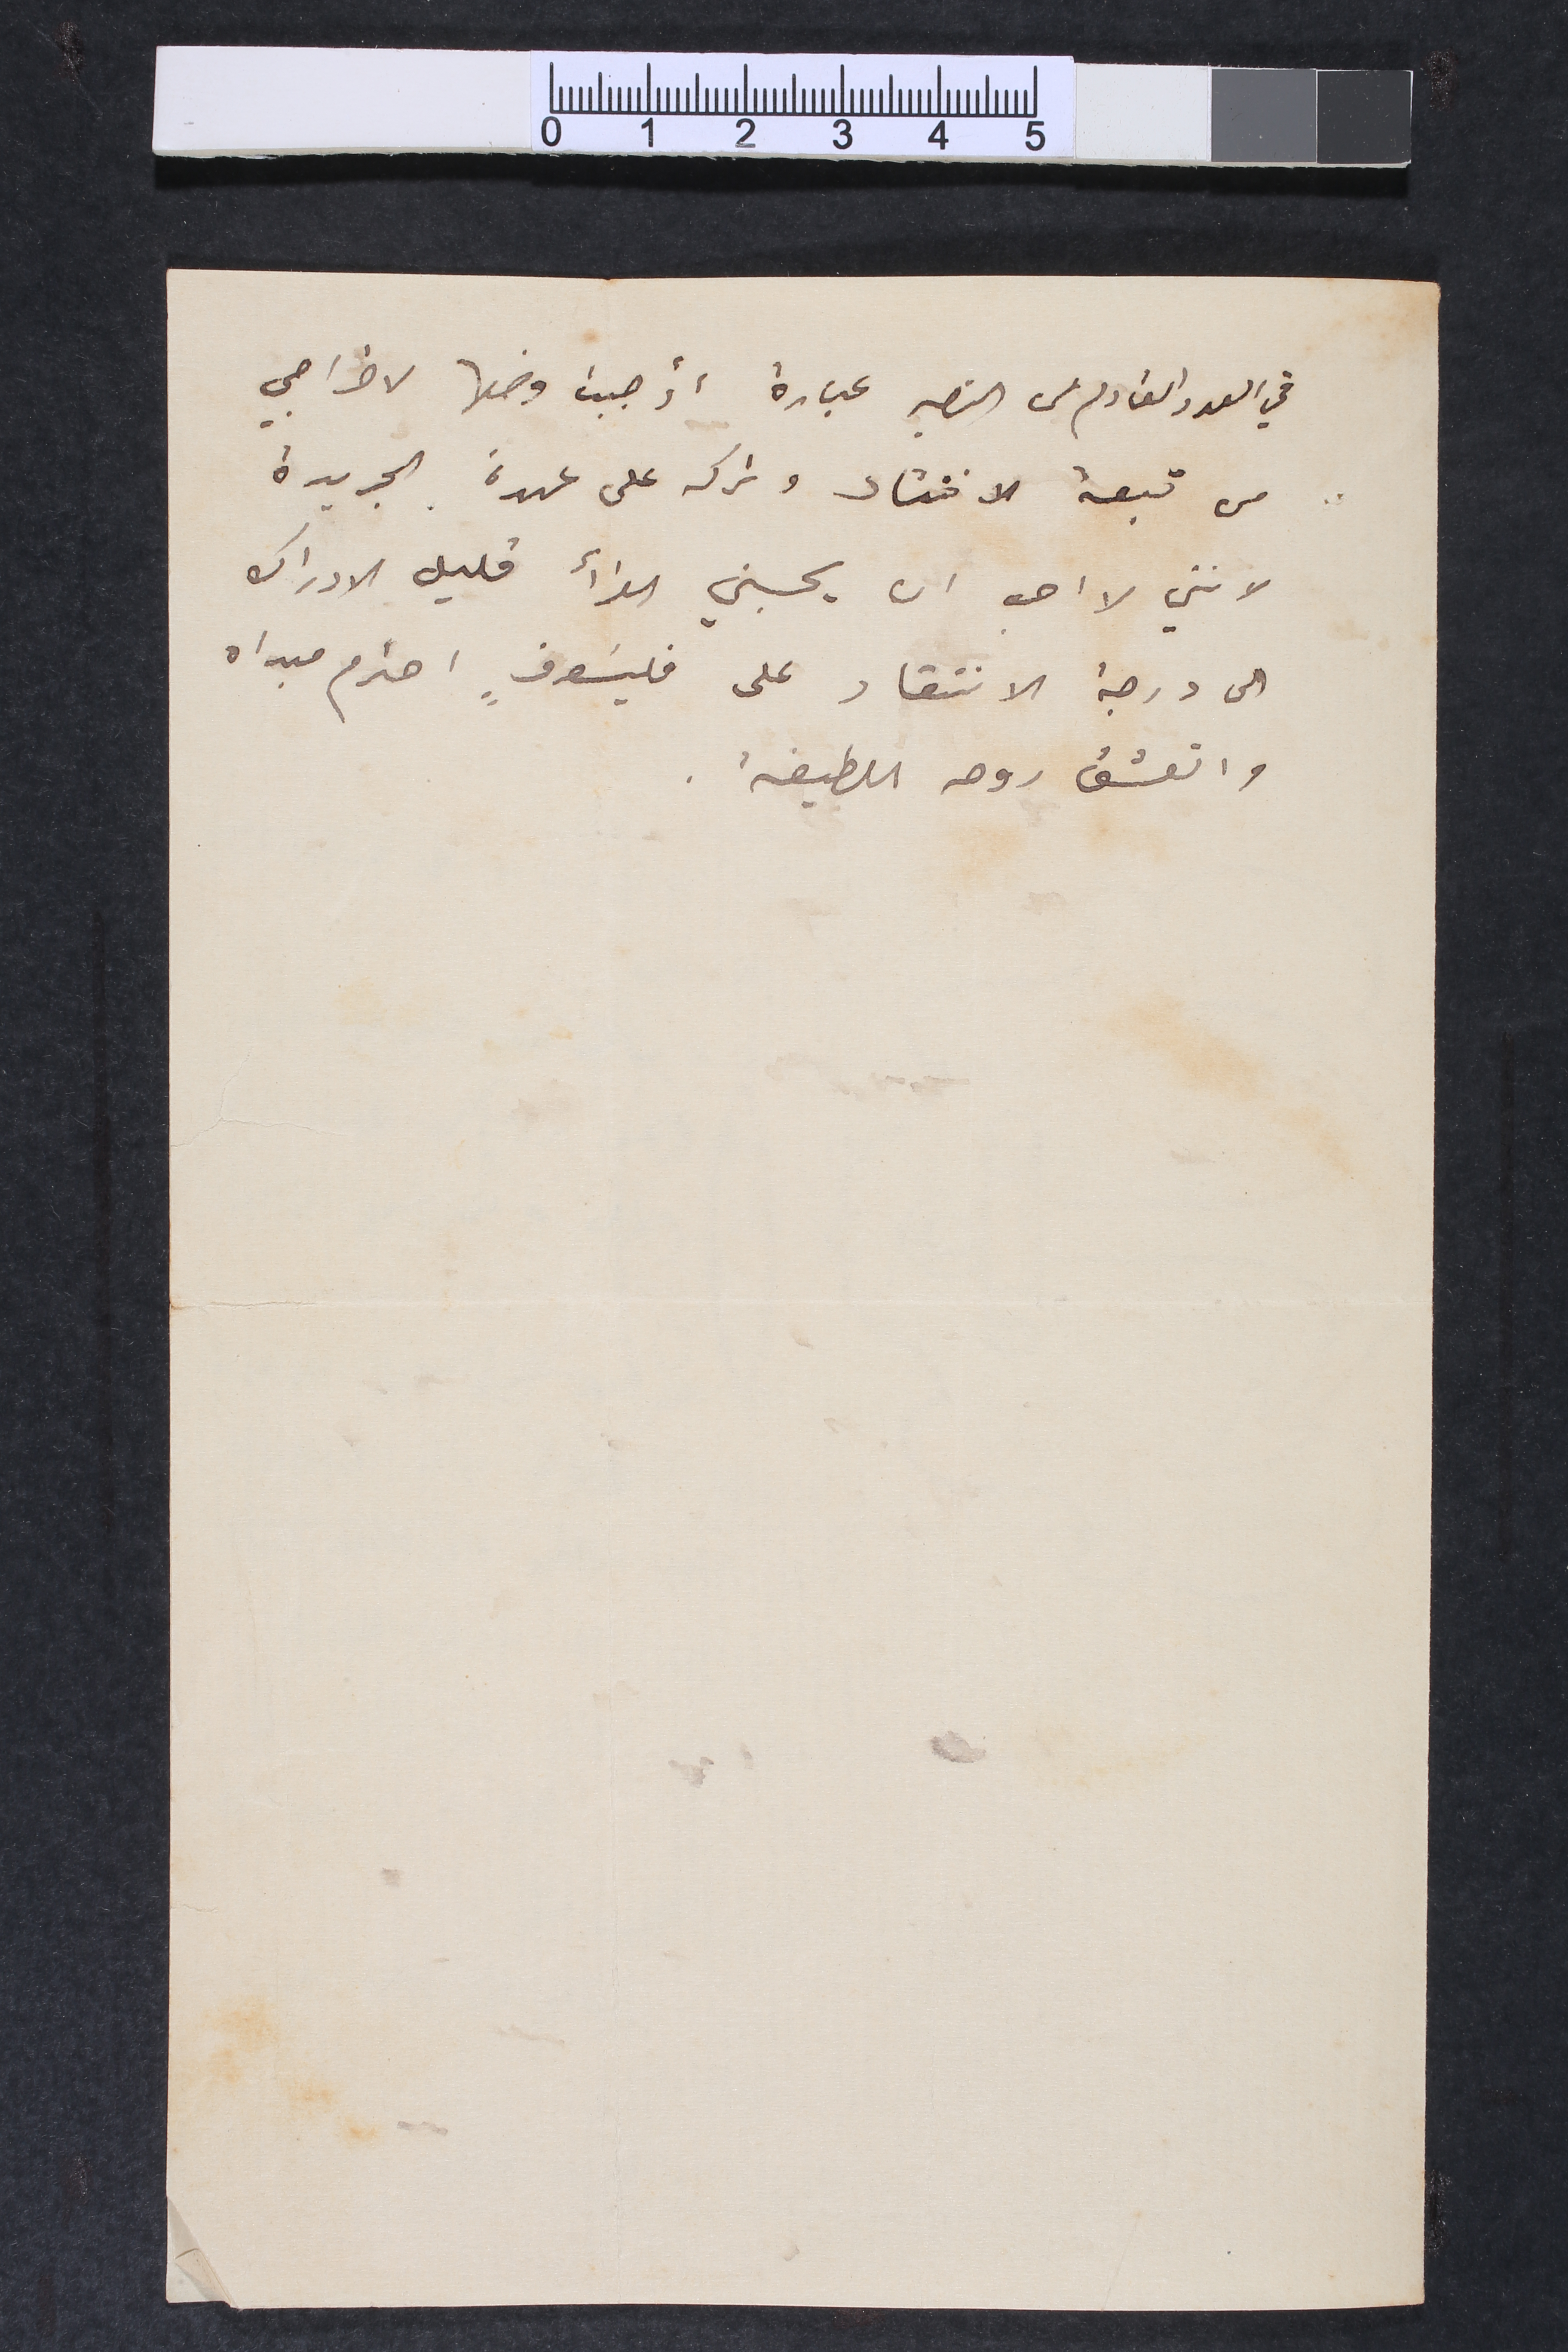
في العدد القادم من النصير عبارة أوجبت وضعها لاخراجي
من تبعة الانتقاد وتركه على عهدة الجريدة
لانني لا احب ان يحسبني القرأ قليل الادراك
الى درجة الانتقاد على فيلسوفٍ احترم مبداه
واتعشق روحه اللطيفة